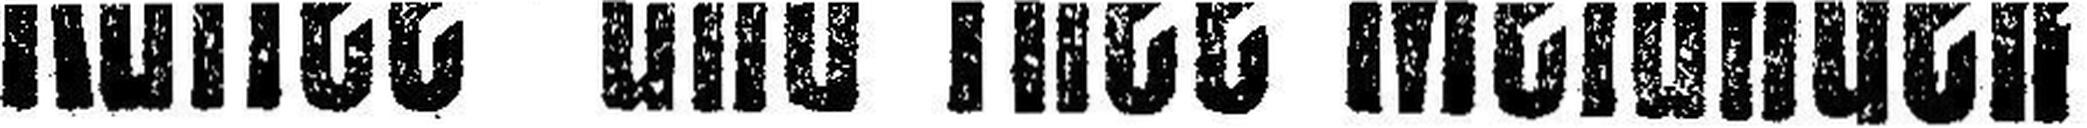
Kaffee- und Thee-Melangen